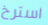
استرخ